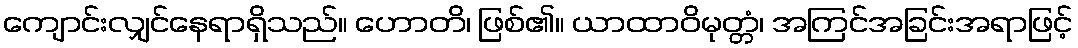
ကျောင်းလျှင်နေရာရှိသည်။ ဟောတိ၊ ဖြစ်၏။ ယာထာဝိမုတ္တံ၊ အကြင်အခြင်းအရာဖြင့်